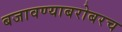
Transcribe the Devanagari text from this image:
बजावण्याबरोबरच